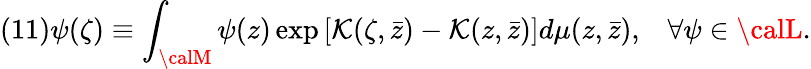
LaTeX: (11)\psi(\zeta)\equiv\int_{\calM}\psi(z)\exp\left[\mathcal{K}(\zeta,\bar{{z}})-\mathcal{K}(z,\bar{{z}})\right]d\mu(z,\bar{{z}}),\; \; \; \forall\psi\in{\calL}.